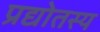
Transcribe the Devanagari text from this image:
प्रद्योतस्य